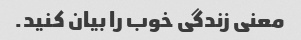
معنی زندگی خوب را بیان کنید.